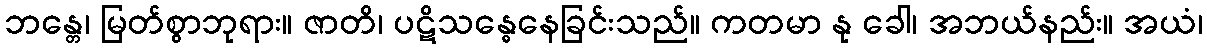
ဘန္တေ၊ မြတ်စွာဘုရား။ ဇာတိ၊ ပဋိသန္ဓေနေခြင်းသည်။ ကတမာ နု ခေါ၊ အဘယ်နည်း။ အယံ၊